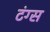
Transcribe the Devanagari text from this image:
टंग्स